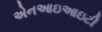
એનઆઇઆઇટી